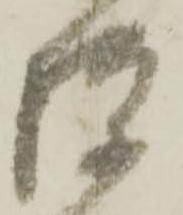
騨